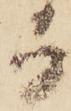
而